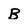
Character: B